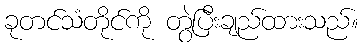
ခုတင်သံတိုင်ကို တွဲပြီးချည်ထားသည်။